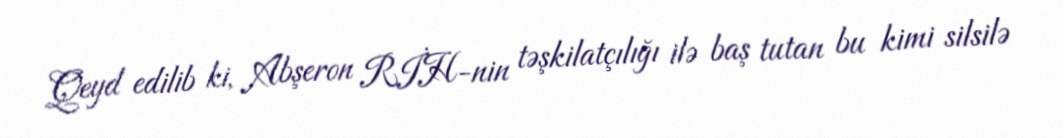
Qeyd edilib ki, Abşeron RİH-nin təşkilatçılığı ilə baş tutan bu kimi silsilə